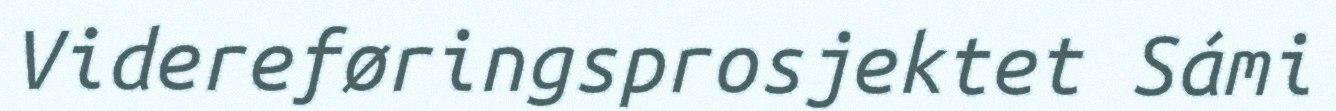
Videreføringsprosjektet Sámi